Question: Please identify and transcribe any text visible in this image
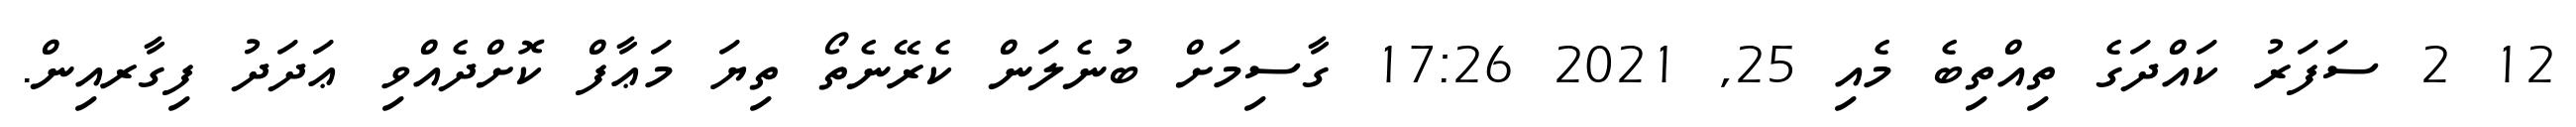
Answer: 12 2 ސަފަރު ކައްދަގެ ތިއްތިބެ މެއި 25, 2021 17:26 ގާސިމަށް ބުނެލަން ކެރޭނެތޯ ތިޔަ މަޢާފް ކޮށްދެއްވި ޢަދަދު ފިގާރއިން.